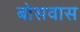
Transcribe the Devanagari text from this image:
बोसवास